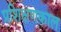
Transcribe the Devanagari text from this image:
प्रशिक्षणकाल